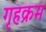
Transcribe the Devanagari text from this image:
गृहक्रम